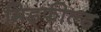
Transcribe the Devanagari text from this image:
मिड्फील्ड